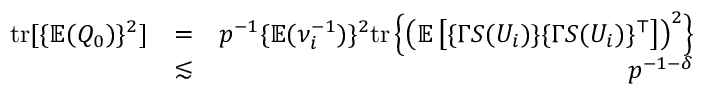
\begin{array} { r l r } { \mathrm { t r } [ \{ { \mathbb { E } } ( Q _ { 0 } ) \} ^ { 2 } ] } & { = } & { p ^ { - 1 } \{ { \mathbb { E } } ( \nu _ { i } ^ { - 1 } ) \} ^ { 2 } \mathrm { t r } \left\{ \left( { \mathbb { E } } \left[ \{ \Gamma S ( U _ { i } ) \} \{ \Gamma S ( U _ { i } ) \} ^ { \top } \right] \right) ^ { 2 } \right\} } \\ & { \lesssim } & { p ^ { - 1 - \delta } } \end{array}